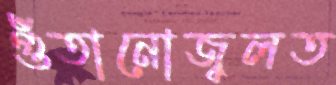
গুঁতানোজ্বলত